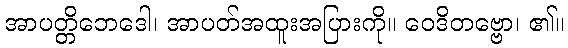
အာပတ္တိဘေဒေါ၊ အာပတ်အထူးအပြားကို။ ဝေဒိတဗ္ဗော၊ ၏။